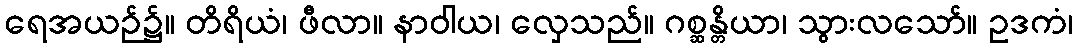
ရေအယဉ်၌။ တိရိယံ၊ ဖီလာ။ နာဝါယ၊ လှေသည်။ ဂစ္ဆန္တိယာ၊ သွားလသော်။ ဥဒကံ၊